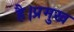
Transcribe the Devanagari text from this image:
है।प्रमुख